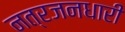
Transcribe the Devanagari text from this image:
नत्रजनधारी